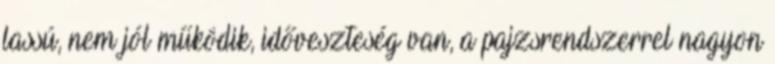
lassú, nem jól működik, időveszteség van, a pajzsrendszerrel nagyon